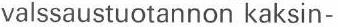
valssaustuotannon kaksin-